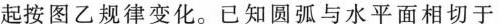
起按图乙规律变化。已知圆弧与水平面相切于